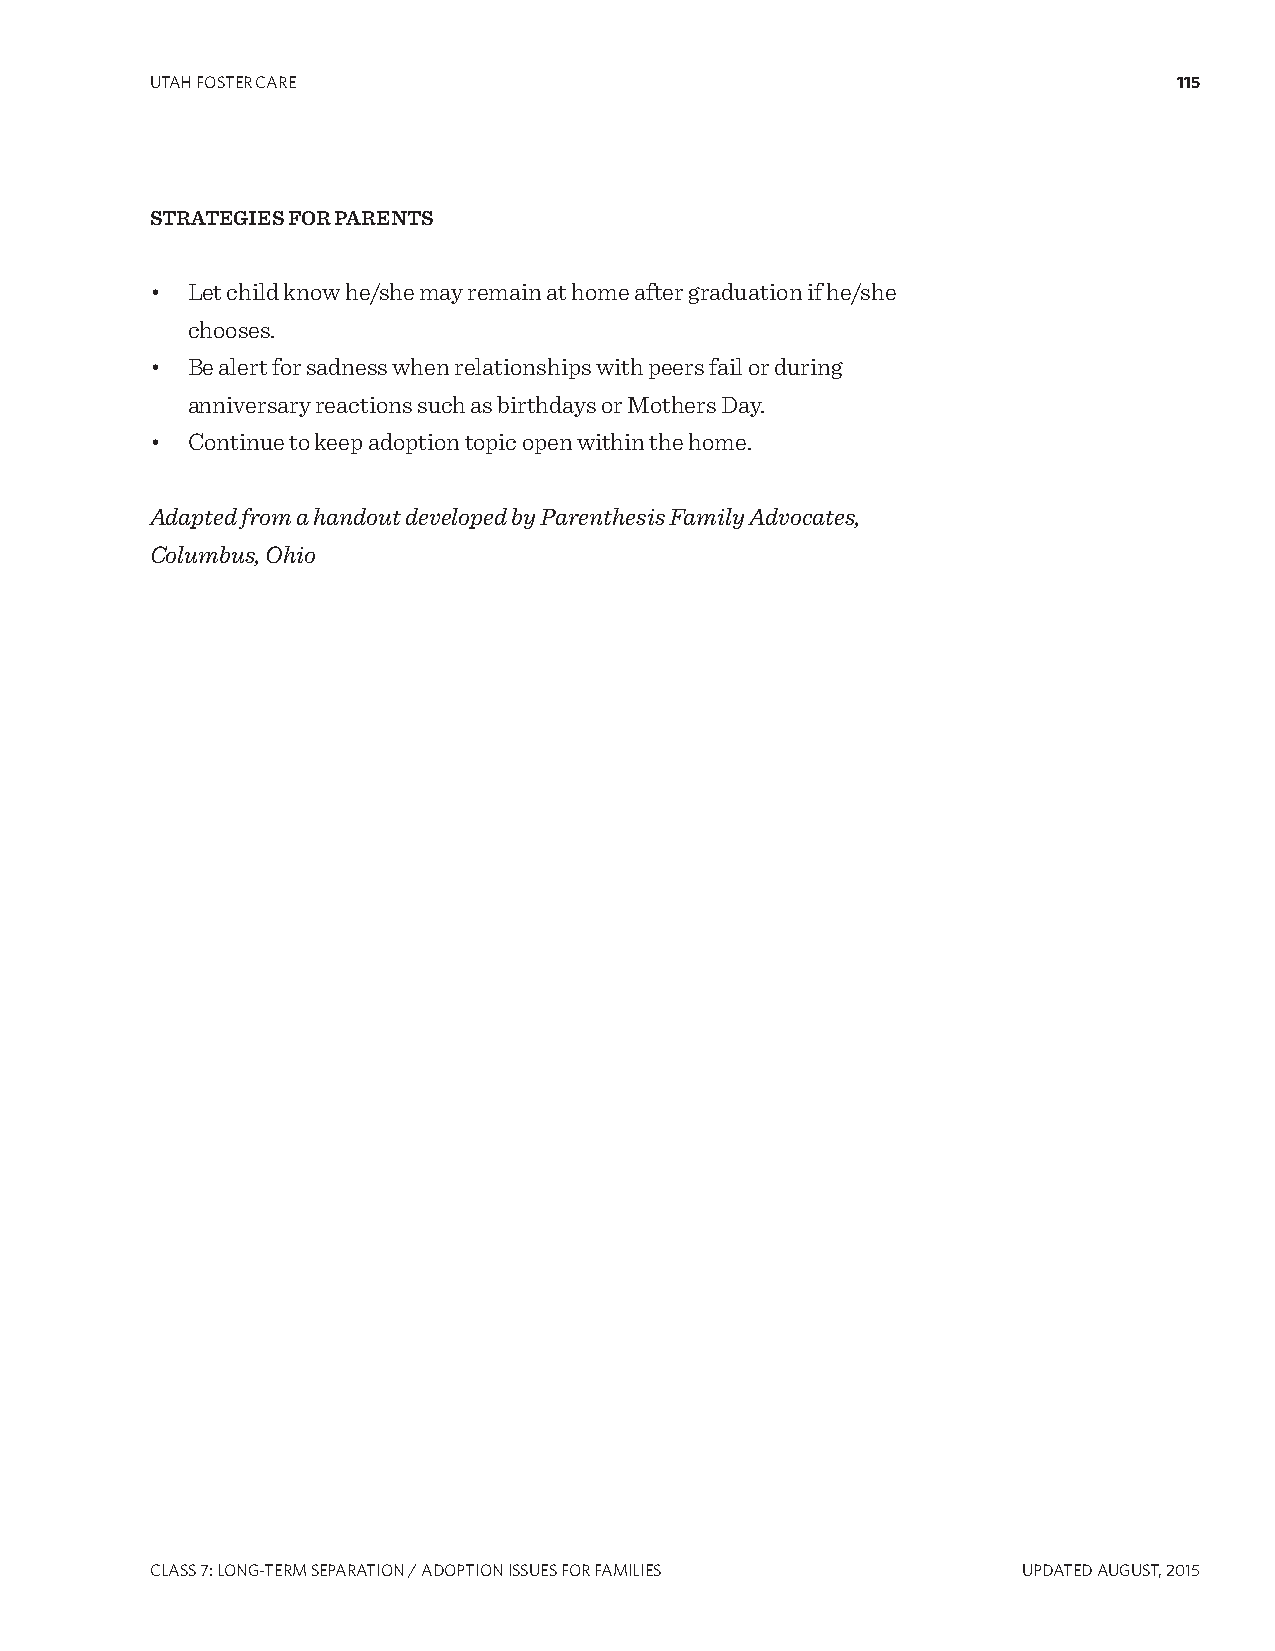
UTAH FOSTER CARE                                                    115
 STRATEGIES FOR PARENTS
 • Let child know he/she may remain at home after graduation if he/she
 chooses.
 • Be alert for sadness when relationships with peers fail or during
 anniversary reactions such as birthdays or Mothers Day.
 • Continue to keep adoption topic open within the home.
 Adapted from a handout developed by Parenthesis Family Advocates,
 Columbus, Ohio
 CLASS 7: LONg-TERM SEPARATION / ADOPTION ISSUES FOR FAMILIES UPDATED AUgUST, 2015